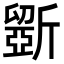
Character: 斵